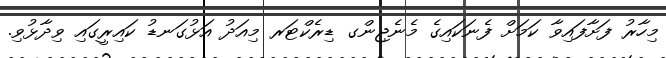
މިހާރު ފަށާފައިވާ ކަމަށް ފެނަކައިގެ މެނެޖިންގ ޑިރެކްޓަރ މިއަދު އަޅުގަނޑު ކައިރީގައި ވިދާޅުވި.